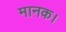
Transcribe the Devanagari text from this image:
मानक।